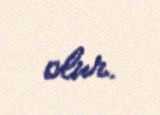
olur.